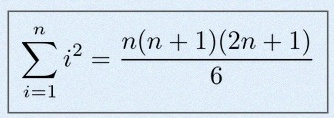
\sum_{i=1}^{n}i^2=\frac{n(n+1)(2n+1)}6